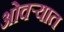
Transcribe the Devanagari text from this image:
ओवर्‍यात